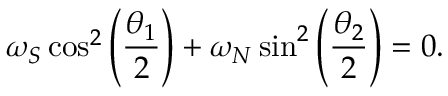
\omega _ { S } \cos ^ { 2 } \left( \frac { \theta _ { 1 } } { 2 } \right) + \omega _ { N } \sin ^ { 2 } \left( \frac { \theta _ { 2 } } { 2 } \right) = 0 .